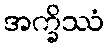
အက္ခိဿံ